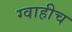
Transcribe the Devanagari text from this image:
ग्वाहीच